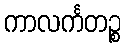
ကာလင်္ကတဉ္စ